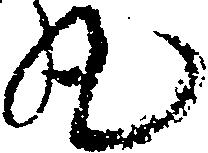
丸